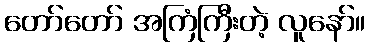
တော်တော် အကြံကြီးတဲ့ လူနော်။